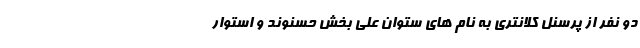
دو نفر از پرسنل کلانتری به نام های ستوان علی بخش حسنوند و استوار